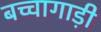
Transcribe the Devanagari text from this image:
बच्चागाड़ी